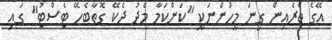
އޭގެ ތެރެއިން ގިނަ މީހުންނަކީ "ކަންކަމާ މެދު ދެކޭ ގޮތާބެހޭ ޓެސްޓު" ގައި